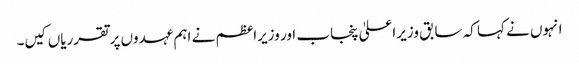
انہوں نے کہا کہ سابق وزیراعلیٰ پنجاب اور وزیراعظم نے اہم عہدوں پرتقرریاں کیں۔